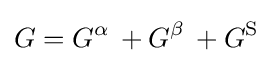
G=G^{\alpha }\,+G^{\beta }\,+G^{\mathrm {S} }